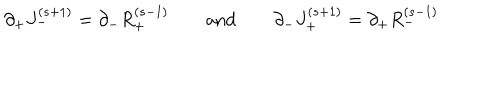
\partial _ { + } J _ { - } ^ { ( s + 1 ) } = \partial _ { - } R _ { + } ^ { ( s - 1 ) } \qquad \mathrm { { a n d } } \qquad \partial _ { - } J _ { + } ^ { ( s + 1 ) } = \partial _ { + } R _ { - } ^ { ( s - 1 ) }